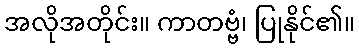
အလိုအတိုင်း။ ကာတဗ္ဗံ၊ ပြုနိုင်၏။